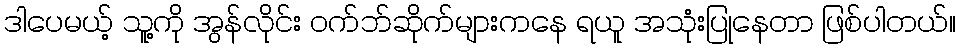
ဒါပေမယ့် သူ့ကို အွန်လိုင်း ဝက်ဘ်ဆိုက်များကနေ ရယူ အသုံးပြုနေတာ ဖြစ်ပါတယ်။